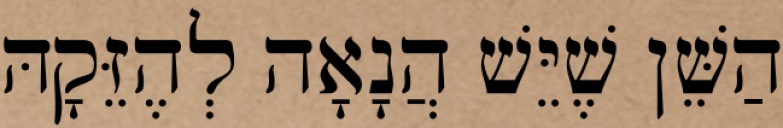
הַשֵּׁן שֶׁיֵּשׁ הֲנָאָה לְהֶזֵּקָהּ